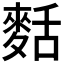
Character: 𪌩